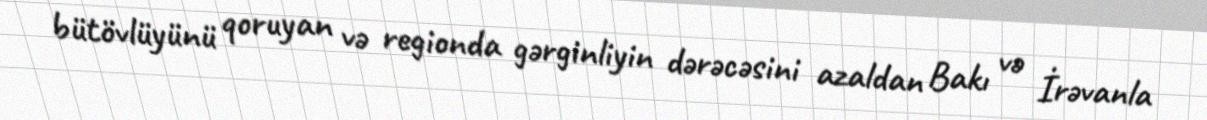
bütövlüyünü qoruyan və regionda gərginliyin dərəcəsini azaldan Bakı və İrəvanla